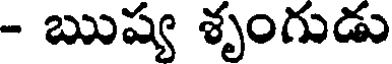
- ఋష్య శృంగుడు